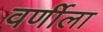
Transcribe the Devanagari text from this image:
वर्णीला